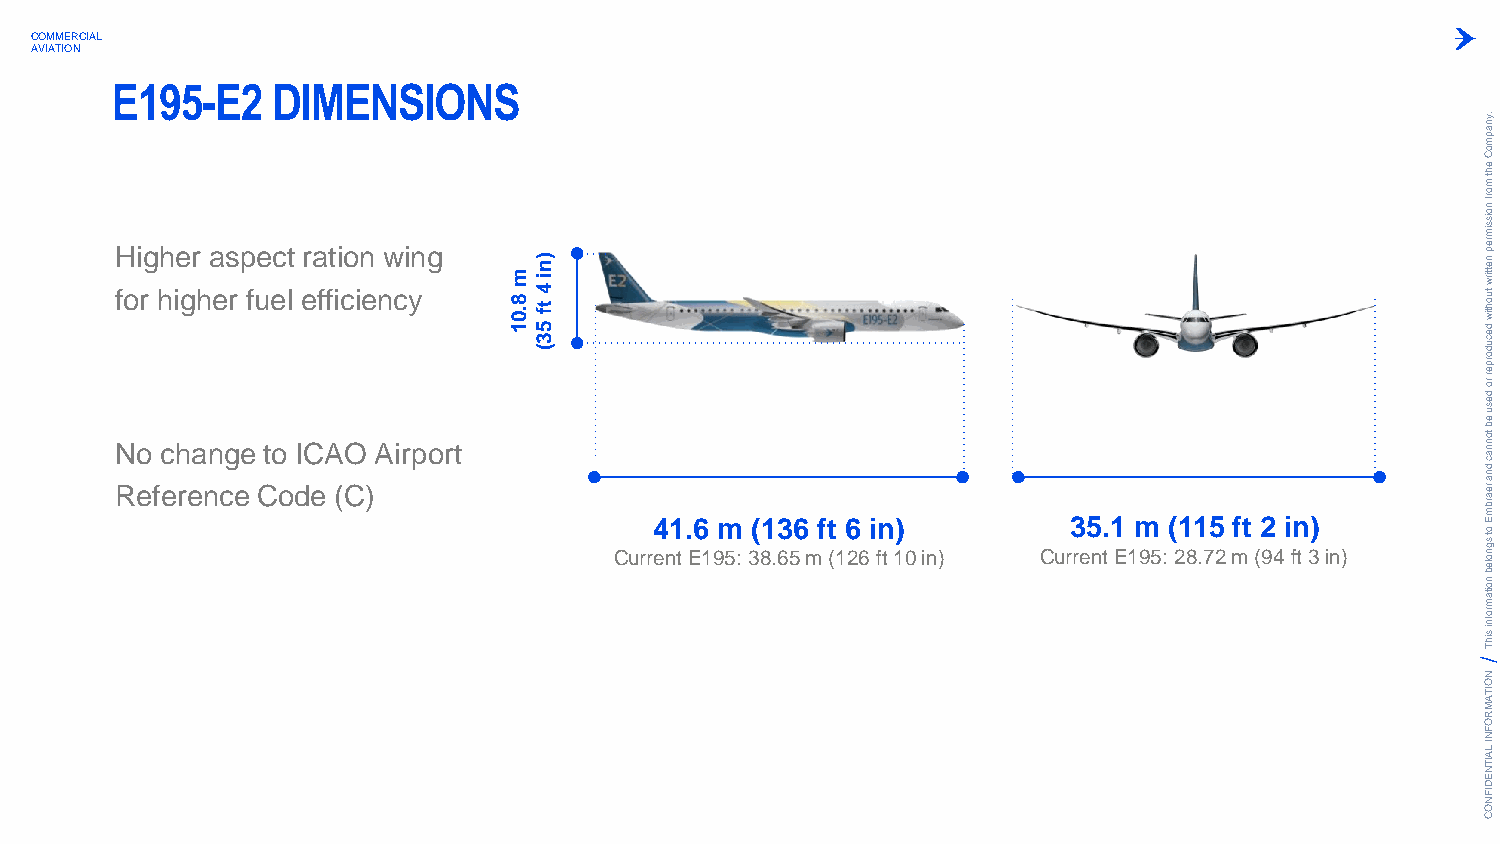
COMMERCIAL
 AVIATION
 E195-E2    DIMENSIONS
 .ynapm
 oC
 eht
 m
 orf
 noissim
 H
 f
 N
 Roi eorg
 f
 hh
 c
 ei
 he
 rg
 ear
 h
 nna
 e
 cgs
 r
 e
 p
 ef
 ue
 Cte
 oc olt
 d
 Ier
 C
 ea
 ff
 A
 t
 i
 (i co COin
 e
 )
 A
 nw
 c
 iri yn pg
 o rt
 m
 8
 .0
 1) n
 5i
 3
 t4
 (f
 rep
 nettirw
 tuohtiw
 decudorper
 ro
 desu
 eb
 tonnac
 dna
 rearbm
 Curr4 en1
 t
 . E6
 1
 9m
 5:
 3( 81 .63 56
 m
 f t
 (1
 6
 26
 i fn t1)
 0 in)
 Cur3 re5 n.
 t
 1
 E
 1m
 95
 :( 21 81 .75
 2
 mft (2
 94
 i fn t3)
 in)
 E
 ot
 sgnoleb
 noitam
 rofni
 sihT
 N
 O
 ITA
 M
 R
 O
 F
 N
 I LA
 IT
 N
 E
 D
 IF
 N
 O
 C